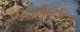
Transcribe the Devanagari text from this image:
एटॉरवैस्टेटिन